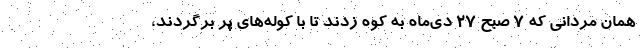
همان مردانی که ٧ صبح ٢٧ دی‌ماه به کوه زدند تا با کوله‌های پر برگردند،